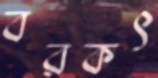
বরকৎ